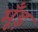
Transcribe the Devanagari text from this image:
मूँड़